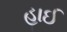
હાઈ